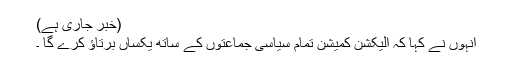
(خبر جاری ہے)
انہوں نے کہا کہ الیکشن کمیشن تمام سیاسی جماعتوں کے ساتھ یکساں برتاؤ کرے گا ۔